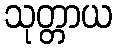
သုတ္တာယ